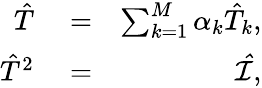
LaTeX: \begin{array}{rlr}{\hat{T}}&{{}=}&{\sum_{k=1}^{M}\alpha_{k}\hat{T}_{k},}\\ {\hat{T}^{2}}&{{}=}&{\mathcal{\hat{I}},}\end{array}